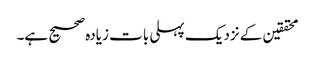
محققین کے نزدیک پہلی بات زیادہ صحیح ہے۔